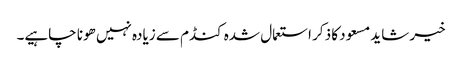
خیر شاید مسعود کا ذکر استعمال شدہ کنڈم سے زیادہ نہیں ھونا چاہیے۔